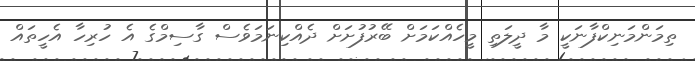
ތިމަންމަނިކްފާނަކީ މާ ދީލަތި މީހެއްކަމަށް ބޭރުފުށަށް ދެއްކިނަމަވެސް ގާސިމްގެ އެ ހުރިހާ އެހީތައް